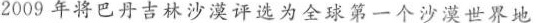
2009年将巴丹吉林沙漠评选为全球第一个沙漠世界地